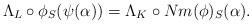
LaTeX: \begin{align*}\Lambda_L \circ \phi_S(\psi(\alpha))=\Lambda_K \circ Nm(\phi)_S(\alpha).\end{align*}